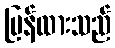
ပြန်ထားသည်